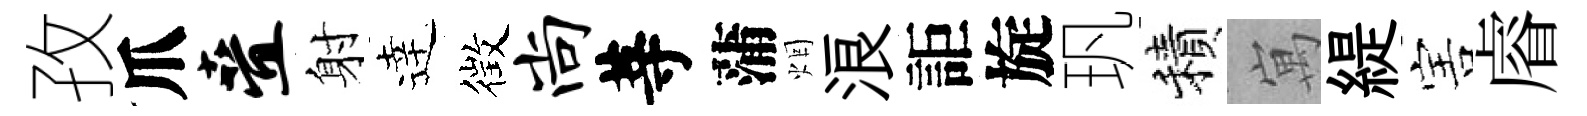
孜爪叠射逹徴尚䓁蒲烟浪詎旋㺬積寓緹害𥈠